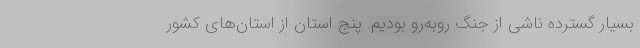
بسیار گسترده ناشی از جنگ روبه‌رو بودیم. پنج استان از استان‌های کشور